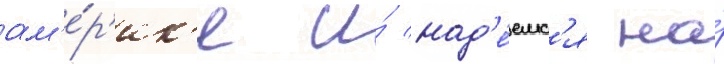
ам'е́р'ик'е и́ над'е́емс'я на́